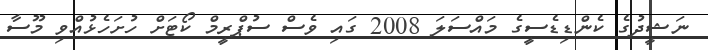
ނަޝީދުގެ ކެންޑިޑެސީގެ މައްސަލަ 2008 ގައި ވެސް ސުޕްރީމް ކޯޓަށް ހުށަހެޅުއްވި މޫސާ